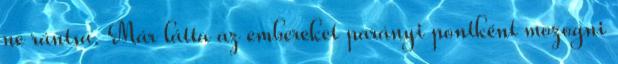
ne rántsa. Már látta az embereket parányi pontként mozogni